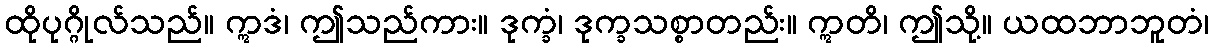
ထိုပုဂ္ဂိုလ်သည်။ ဣဒံ၊ ဤသည်ကား။ ဒုက္ခံ၊ ဒုက္ခသစ္စာတည်း။ ဣတိ၊ ဤသို့။ ယထဘာဘူတံ၊